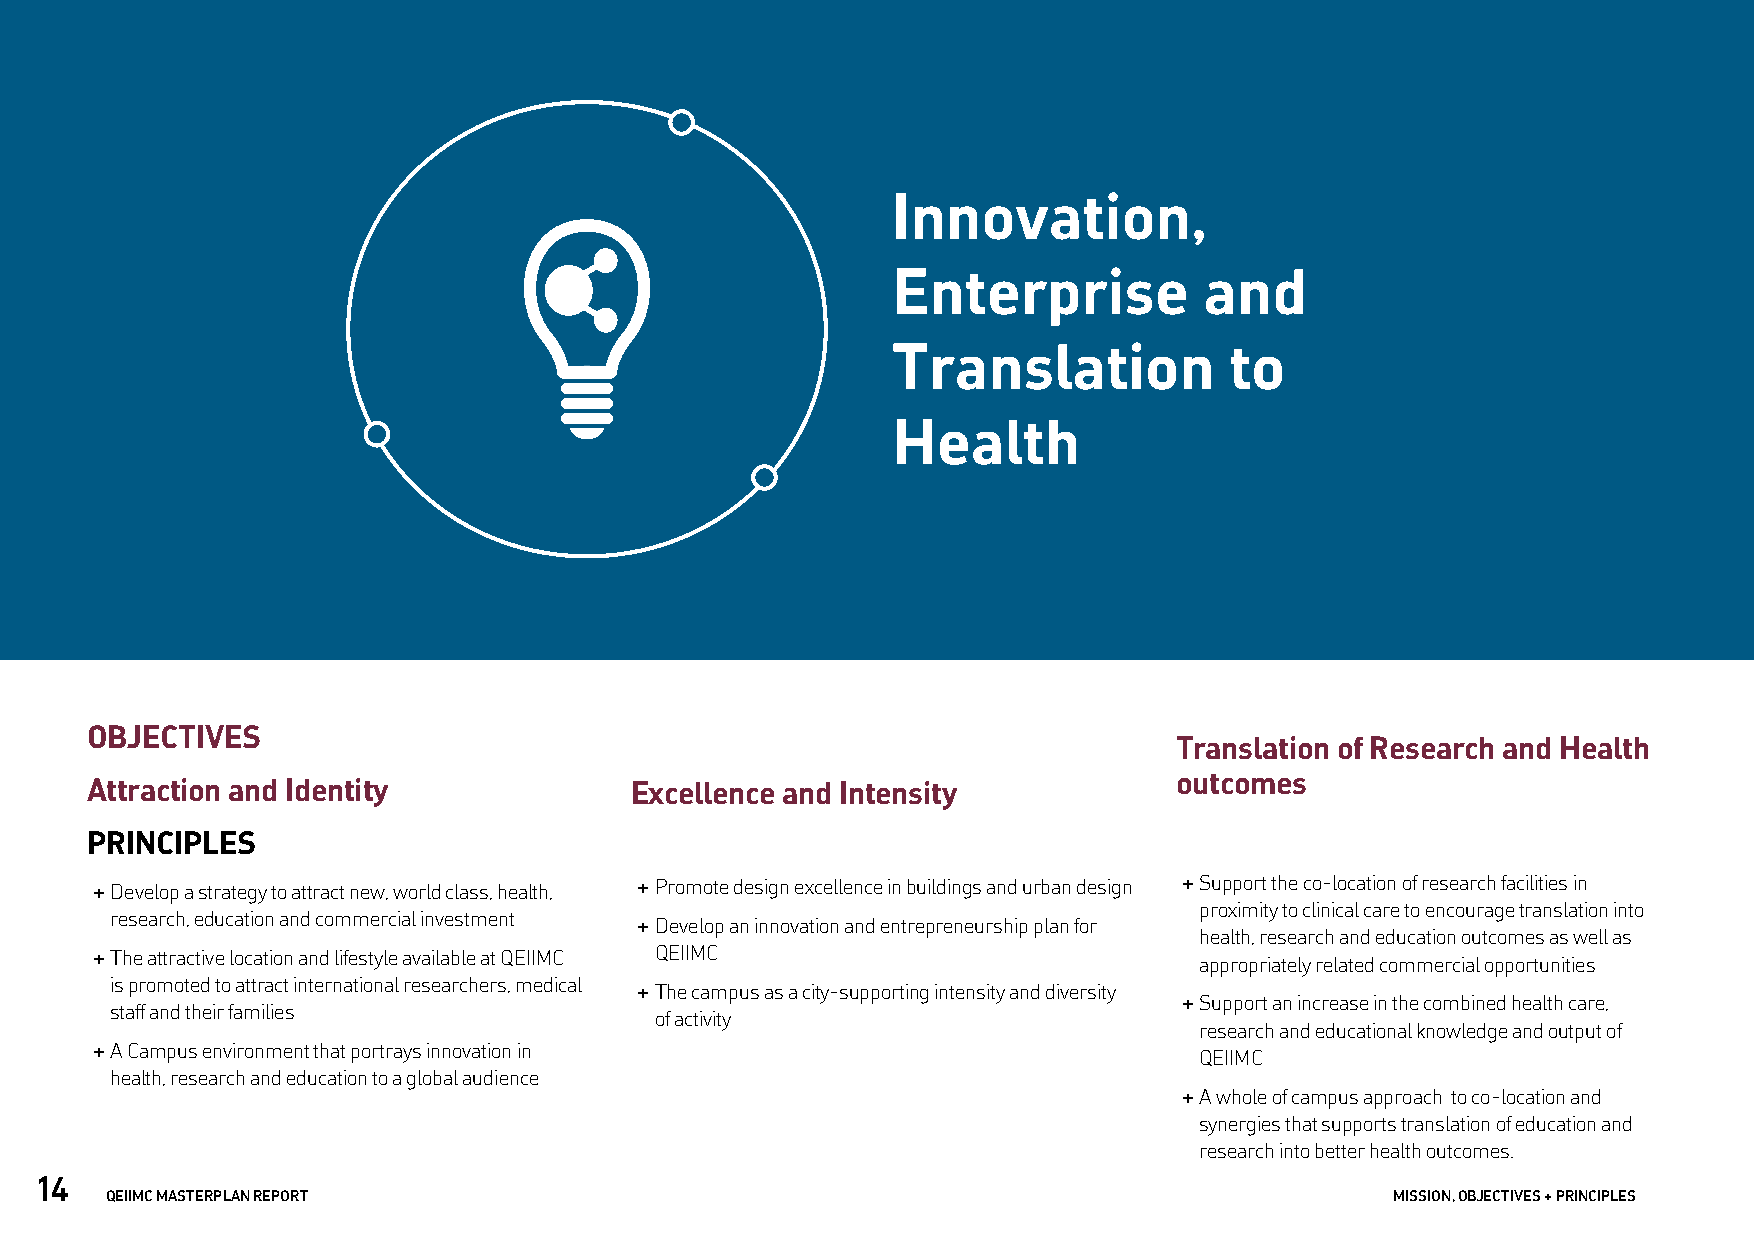
Innovation,
 Enterprise           and
 Translation           to
 Health
 OBJECTIVES
 Translation of Research and Health
 outcomes
 Attraction and Identity             Excellence and Intensity
 PRINCIPLES
 + Develop a strategy to attract new, world class, health, + Promote design excellence in buildings and urban design + Support the co-location of research facilities in
 proximity to clinical care to encourage translation into
 research, education and commercial investment
 + Develop an innovation and entrepreneurship plan for
 health, research and education outcomes as well as
 + The attractive location and lifestyle available at QEIIMC QEIIMC
 appropriately related commercial opportunities
 is promoted to attract international researchers, medical
 + The campus as a city-supporting intensity and diversity
 + Support an increase in the combined health care,
 staff and their families
 of activity
 research and educational knowledge and output of
 + A Campus environment that portrays innovation in
 QEIIMC
 health, research and education to a global audience
 + A whole of campus approach to co-location and
 synergies that supports translation of education and
 research into better health outcomes.
 14
 QEIIMC MASTERPLAN REPORT                                                             MISSION, OBJECTIVES + PRINCIPLES